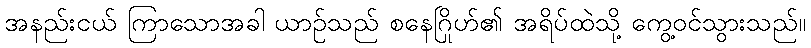
အနည်းငယ် ကြာသောအခါ ယာဉ်သည် စနေဂြိုဟ်၏ အရိပ်ထဲသို့ ကွေ့ဝင်သွားသည်။